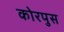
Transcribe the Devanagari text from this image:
कोरपुस